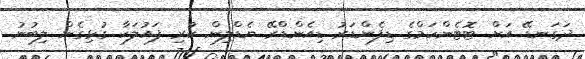
ދަގަނޑޭ އަށް ޓޮޓެންހަމްގެ ޑިފެންޑަރު ޑިއެންޑްރޭ ޔެޑްލިން ކުރި ފައުލަކާ ގުޅިގެން ލިބުނު